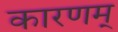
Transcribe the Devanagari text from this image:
कारणम्